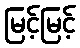
မြင့်မြင့်